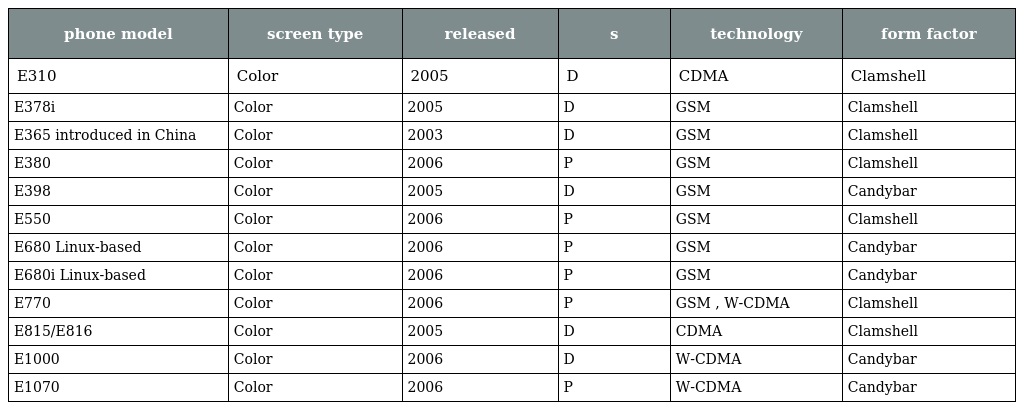
| phone model | screen type | released | s | technology | form factor |
 | --- | --- | --- | --- | --- | --- |
 | E310 | Color | 2005 | D | CDMA | Clamshell |
 | E378i | Color | 2005 | D | GSM | Clamshell |
 | E365 introduced in China | Color | 2003 | D | GSM | Clamshell |
 | E380 | Color | 2006 | P | GSM | Clamshell |
 | E398 | Color | 2005 | D | GSM | Candybar |
 | E550 | Color | 2006 | P | GSM | Clamshell |
 | E680 Linux-based | Color | 2006 | P | GSM | Candybar |
 | E680i Linux-based | Color | 2006 | P | GSM | Candybar |
 | E770 | Color | 2006 | P | GSM , W-CDMA | Clamshell |
 | E815/E816 | Color | 2005 | D | CDMA | Clamshell |
 | E1000 | Color | 2006 | D | W-CDMA | Candybar |
 | E1070 | Color | 2006 | P | W-CDMA | Candybar |